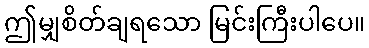
ဤမျှစိတ်ချရသော မြင်းကြီးပါပေ။